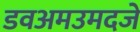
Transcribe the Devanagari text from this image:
डवअमउमदजे